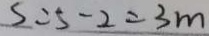
S = 5 - 2 = 3 m